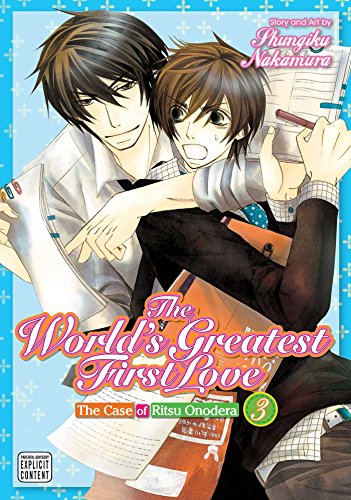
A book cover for The World's Greatest First Love, Vol. 3: The Case of Ritsu Onodera; Shungiku Nakamura; Comics & Graphic Novels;